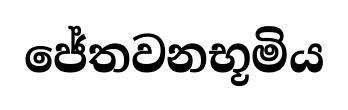
ජේතවනභූමිය